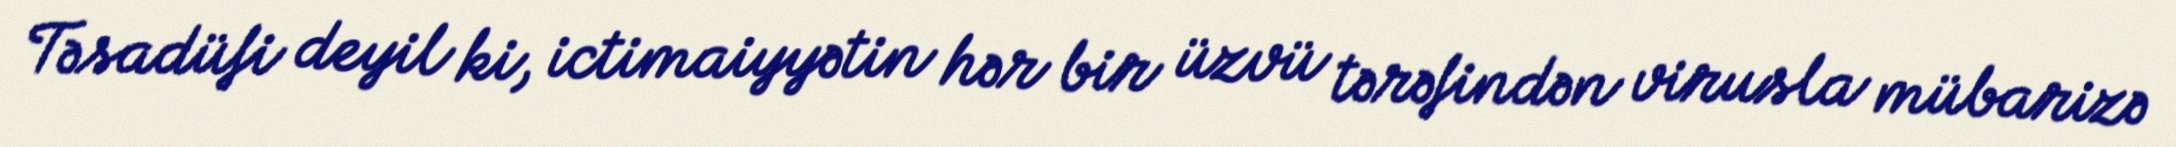
Təsadüfi deyil ki, ictimaiyyətin hər bir üzvü tərəfindən virusla mübarizə